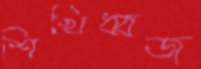
শিখিধ্বজ